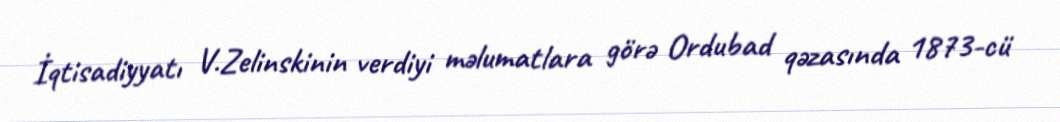
İqtisadiyyatı V.Zelinskinin verdiyi məlumatlara görə Ordubad qəzasında 1873-cü